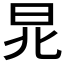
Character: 𣅬